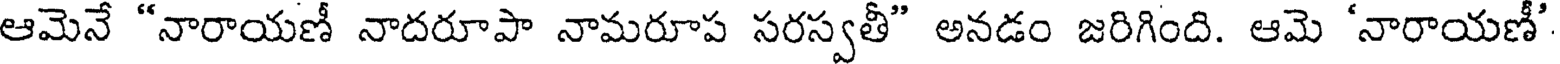
ఆమెనే "నారాయణీ నాదరూపా నామరూప సరస్వతీ" అనడం జరిగింది. ఆమె 'నారాయణీ'